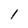
Character: l